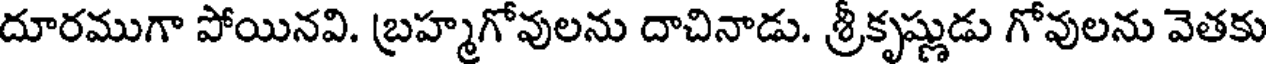
దూరముగా పోయినవి. బ్రహ్మగోవులను దాచినాడు. శ్రీకృష్ణుడు గోవులను వెతకు